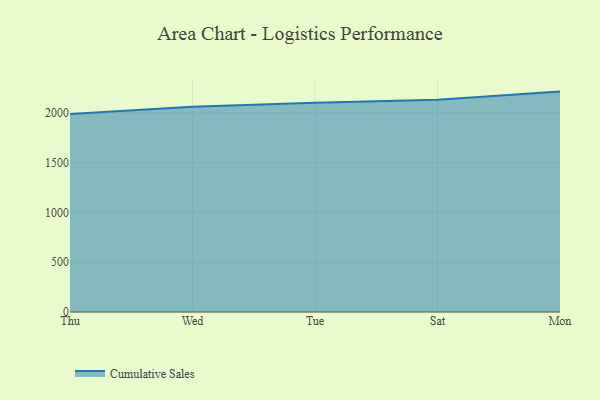
{"axis": {"x": "Day", "y": "Website Visitors"}, "legend": ["Cumulative Sales"], "data": [{"x": "Thu", "y": 1988.0, "type": "Cumulative Sales"}, {"x": "Wed", "y": 2062.1, "type": "Cumulative Sales"}, {"x": "Tue", "y": 2102.8, "type": "Cumulative Sales"}, {"x": "Sat", "y": 2131.4, "type": "Cumulative Sales"}, {"x": "Mon", "y": 2214.1, "type": "Cumulative Sales"}]}